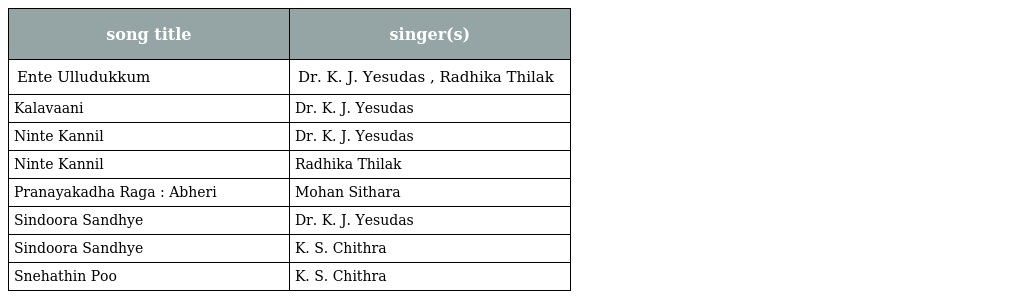
| song title | singer(s) |
 | --- | --- |
 | Ente Ulludukkum | Dr. K. J. Yesudas , Radhika Thilak |
 | Kalavaani | Dr. K. J. Yesudas |
 | Ninte Kannil | Dr. K. J. Yesudas |
 | Ninte Kannil | Radhika Thilak |
 | Pranayakadha Raga : Abheri | Mohan Sithara |
 | Sindoora Sandhye | Dr. K. J. Yesudas |
 | Sindoora Sandhye | K. S. Chithra |
 | Snehathin Poo | K. S. Chithra |